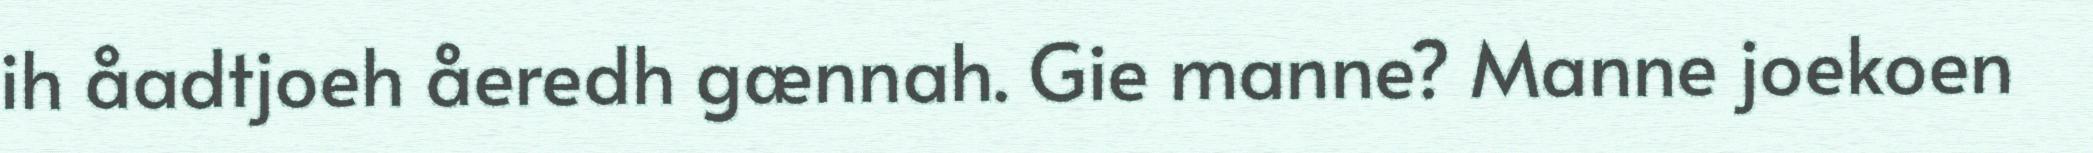
ih åadtjoeh åeredh gænnah. Gie manne? Manne joekoen